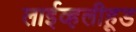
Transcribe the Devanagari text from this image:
लाईव्हलीहूड